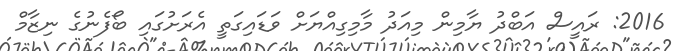
2016: ރައީސް އަބްދު ޔާމިން މިއަދު މާމިގިއްޔަށް ވަޑައިގަތީ އެރަށުގައި ބޯފެނުގެ ނިޒާމް